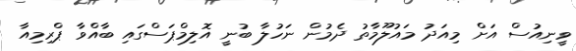
ވީނިއުސް އަށް މިއަދު މައުލޫމާތު ދެމުން ނަހުލާ ބުނީ އޮލިމްޕަސްގައި ބާއްވާ ޕްރިމިއާ